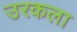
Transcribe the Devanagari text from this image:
उरकला